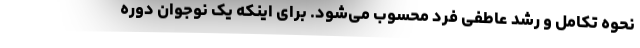
نحوه تکامل و رشد عاطفی فرد محسوب می‌شود. برای اینکه یک نوجوان دوره